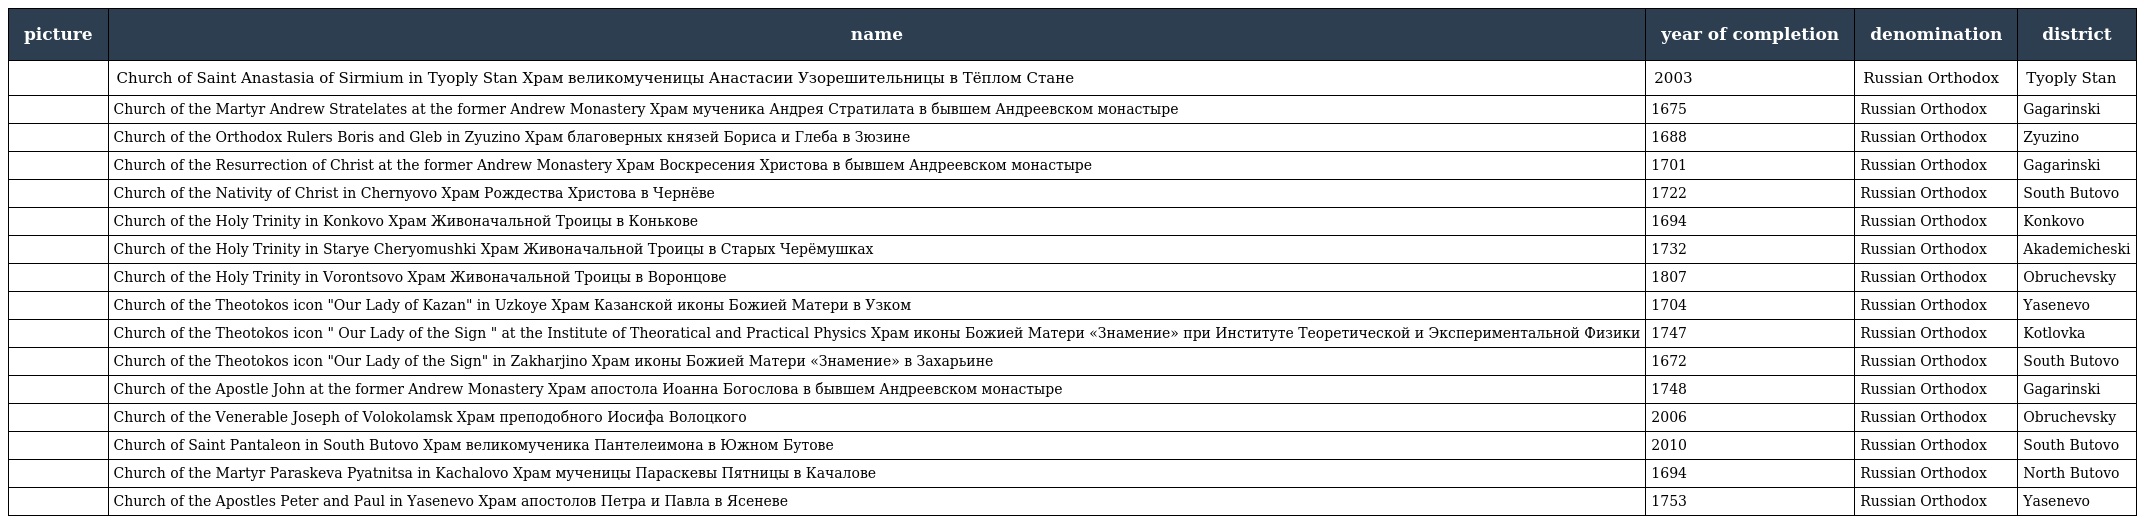
| picture | name | year of completion | denomination | district |
 | --- | --- | --- | --- | --- |
 |  | Church of Saint Anastasia of Sirmium in Tyoply Stan Храм великомученицы Анастасии Узорешительницы в Тёплом Стане | 2003 | Russian Orthodox | Tyoply Stan |
 |  | Church of the Martyr Andrew Stratelates at the former Andrew Monastery Храм мученика Андрея Стратилата в бывшем Андреевском монастыре | 1675 | Russian Orthodox | Gagarinski |
 |  | Church of the Orthodox Rulers Boris and Gleb in Zyuzino Храм благоверных князей Бориса и Глеба в Зюзине | 1688 | Russian Orthodox | Zyuzino |
 |  | Church of the Resurrection of Christ at the former Andrew Monastery Храм Воскресения Христова в бывшем Андреевском монастыре | 1701 | Russian Orthodox | Gagarinski |
 |  | Church of the Nativity of Christ in Chernyovo Храм Рождества Христова в Чернёве | 1722 | Russian Orthodox | South Butovo |
 |  | Church of the Holy Trinity in Konkovo Храм Живоначальной Троицы в Конькове | 1694 | Russian Orthodox | Konkovo |
 |  | Church of the Holy Trinity in Starye Cheryomushki Храм Живоначальной Троицы в Старых Черёмушках | 1732 | Russian Orthodox | Akademicheski |
 |  | Church of the Holy Trinity in Vorontsovo Храм Живоначальной Троицы в Воронцове | 1807 | Russian Orthodox | Obruchevsky |
 |  | Church of the Theotokos icon "Our Lady of Kazan" in Uzkoye Храм Казанской иконы Божией Матери в Узком | 1704 | Russian Orthodox | Yasenevo |
 |  | Church of the Theotokos icon " Our Lady of the Sign " at the Institute of Theoratical and Practical Physics Храм иконы Божией Матери «Знамение» при Институте Теоретической и Экспериментальной Физики | 1747 | Russian Orthodox | Kotlovka |
 |  | Church of the Theotokos icon "Our Lady of the Sign" in Zakharjino Храм иконы Божией Матери «Знамение» в Захарьине | 1672 | Russian Orthodox | South Butovo |
 |  | Church of the Apostle John at the former Andrew Monastery Храм апостола Иоанна Богослова в бывшем Андреевском монастыре | 1748 | Russian Orthodox | Gagarinski |
 |  | Church of the Venerable Joseph of Volokolamsk Храм преподобного Иосифа Волоцкого | 2006 | Russian Orthodox | Obruchevsky |
 |  | Church of Saint Pantaleon in South Butovo Храм великомученика Пантелеимона в Южном Бутове | 2010 | Russian Orthodox | South Butovo |
 |  | Church of the Martyr Paraskeva Pyatnitsa in Kachalovo Храм мученицы Параскевы Пятницы в Качалове | 1694 | Russian Orthodox | North Butovo |
 |  | Church of the Apostles Peter and Paul in Yasenevo Храм апостолов Петра и Павла в Ясеневе | 1753 | Russian Orthodox | Yasenevo |